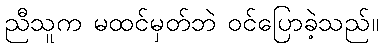
ညီသူက မထင်မှတ်ဘဲ ဝင်ပြောခဲ့သည်။